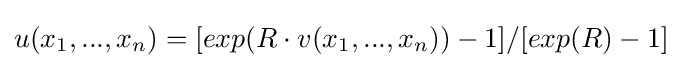
u(x_{1},...,x_{n})=[exp(R\cdot v(x_{1},...,x_{n}))-1]/[exp(R)-1]